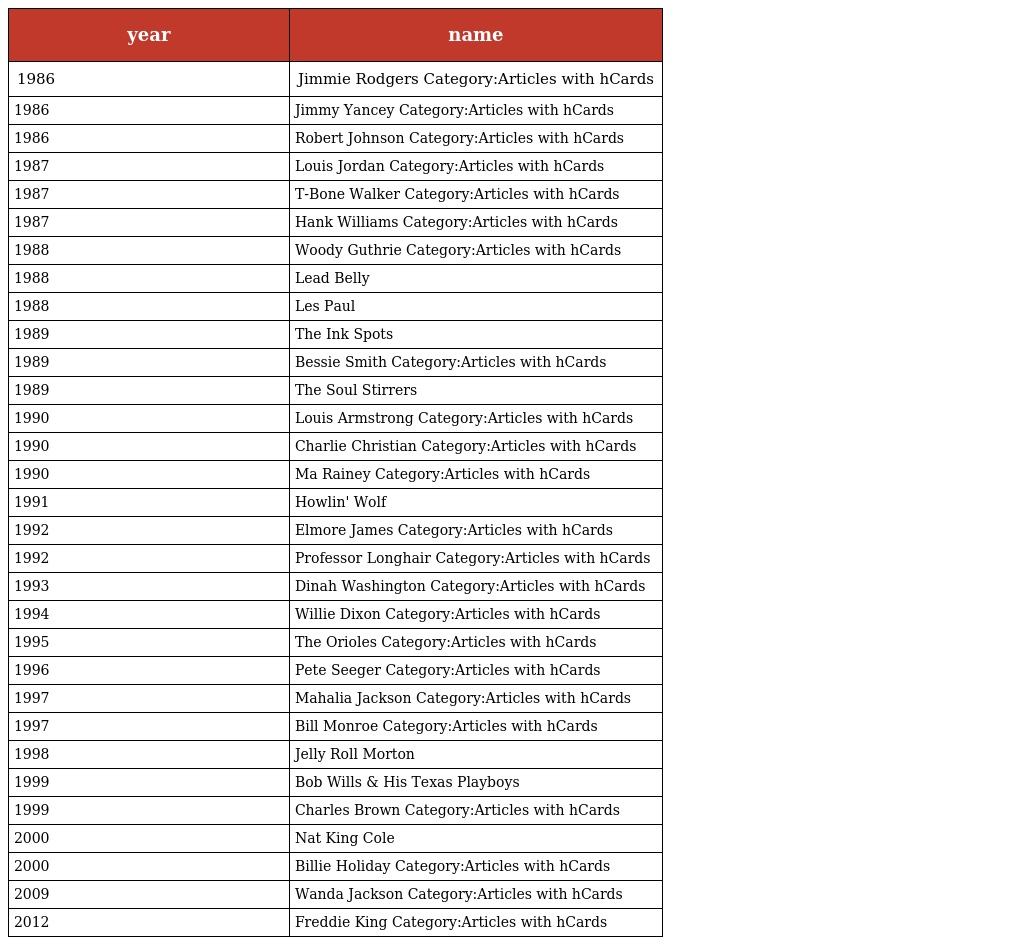
| year | name |
 | --- | --- |
 | 1986 | Jimmie Rodgers Category:Articles with hCards |
 | 1986 | Jimmy Yancey Category:Articles with hCards |
 | 1986 | Robert Johnson Category:Articles with hCards |
 | 1987 | Louis Jordan Category:Articles with hCards |
 | 1987 | T-Bone Walker Category:Articles with hCards |
 | 1987 | Hank Williams Category:Articles with hCards |
 | 1988 | Woody Guthrie Category:Articles with hCards |
 | 1988 | Lead Belly |
 | 1988 | Les Paul |
 | 1989 | The Ink Spots |
 | 1989 | Bessie Smith Category:Articles with hCards |
 | 1989 | The Soul Stirrers |
 | 1990 | Louis Armstrong Category:Articles with hCards |
 | 1990 | Charlie Christian Category:Articles with hCards |
 | 1990 | Ma Rainey Category:Articles with hCards |
 | 1991 | Howlin' Wolf |
 | 1992 | Elmore James Category:Articles with hCards |
 | 1992 | Professor Longhair Category:Articles with hCards |
 | 1993 | Dinah Washington Category:Articles with hCards |
 | 1994 | Willie Dixon Category:Articles with hCards |
 | 1995 | The Orioles Category:Articles with hCards |
 | 1996 | Pete Seeger Category:Articles with hCards |
 | 1997 | Mahalia Jackson Category:Articles with hCards |
 | 1997 | Bill Monroe Category:Articles with hCards |
 | 1998 | Jelly Roll Morton |
 | 1999 | Bob Wills & His Texas Playboys |
 | 1999 | Charles Brown Category:Articles with hCards |
 | 2000 | Nat King Cole |
 | 2000 | Billie Holiday Category:Articles with hCards |
 | 2009 | Wanda Jackson Category:Articles with hCards |
 | 2012 | Freddie King Category:Articles with hCards |